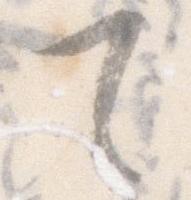
て